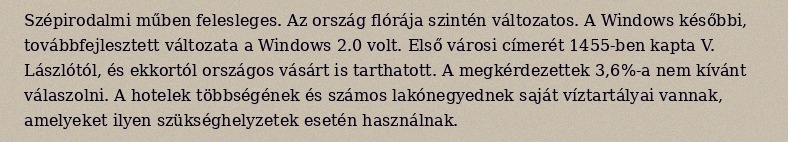
Szépirodalmi műben felesleges. Az ország flórája szintén változatos. A Windows későbbi, továbbfejlesztett változata a Windows 2.0 volt. Első városi címerét 1455-ben kapta V. Lászlótól, és ekkortól országos vásárt is tarthatott. A megkérdezettek 3,6%-a nem kívánt válaszolni. A hotelek többségének és számos lakónegyednek saját víztartályai vannak, amelyeket ilyen szükséghelyzetek esetén használnak.